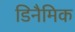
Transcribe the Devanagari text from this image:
डिनैमिक